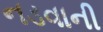
નડવાની